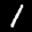
Label: 1